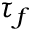
\tau _ { f }